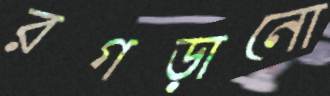
রগড়ানো